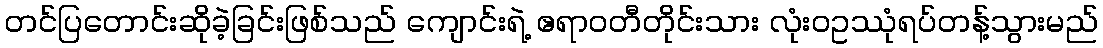
တင်ပြတောင်းဆိုခဲ့ခြင်းဖြစ်သည် ကျောင်းရဲ့ ဧရာဝတီတိုင်းသား လုံးဝဥဿုံရပ်တန့်သွားမည်